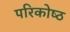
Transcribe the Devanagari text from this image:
परिकोष्‍ठ